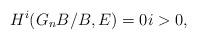
LaTeX: \begin{align*} H^i(G_nB/B, E) = 0 i > 0,\end{align*}